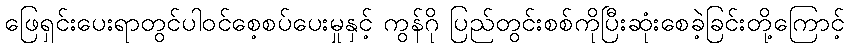
ဖြေရှင်းပေးရာတွင်ပါဝင်စေ့စပ်ပေးမှုနှင့် ကွန်ဂို ပြည်တွင်းစစ်ကိုပြီးဆုံးစေခဲ့ခြင်းတို့ကြောင့်